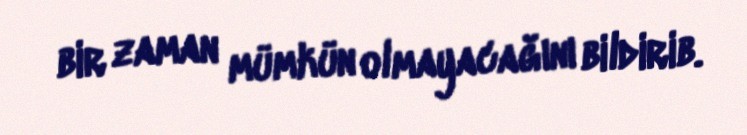
bir zaman mümkün olmayacağını bildirib.